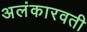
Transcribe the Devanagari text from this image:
अलंकारवती